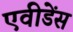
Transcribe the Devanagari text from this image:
एवीडेंस